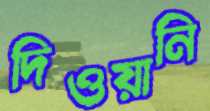
দিওয়ানি